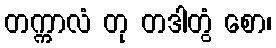
တက္ကာလံ တု တဒါတွံ စော၊